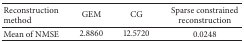
| Reconstruction method | GEM | CG | Sparse constrained reconstruction |
 | --- | --- | --- | --- |
 | Mean of NMSE | 2.8860 | 12.5720 | 0.0248 |